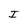
Character: J